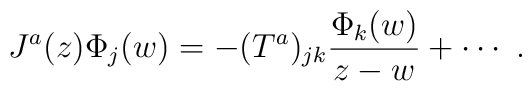
J^a(z)\Phi_j(w)=-(T^a)_{jk}\frac{\Phi_k(w)}{z-w}+\cdots~.